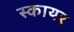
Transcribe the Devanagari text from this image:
स्कायर